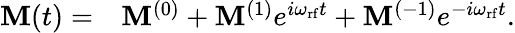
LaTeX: \begin{array}{rl}{\mathbf{M}(t)=}&{{}\mathbf{M}^{(0)}+\mathbf{M}^{(1)}e^{i\omega_{\mathrm{rf}}t}+\mathbf{M}^{(-1)}e^{-i\omega_{\mathrm{rf}}t}.}\end{array}